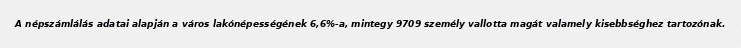
A népszámlálás adatai alapján a város lakónépességének 6,6%-a, mintegy 9709 személy vallotta magát valamely kisebbséghez tartozónak.